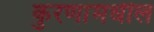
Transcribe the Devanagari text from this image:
कुरणांमधील